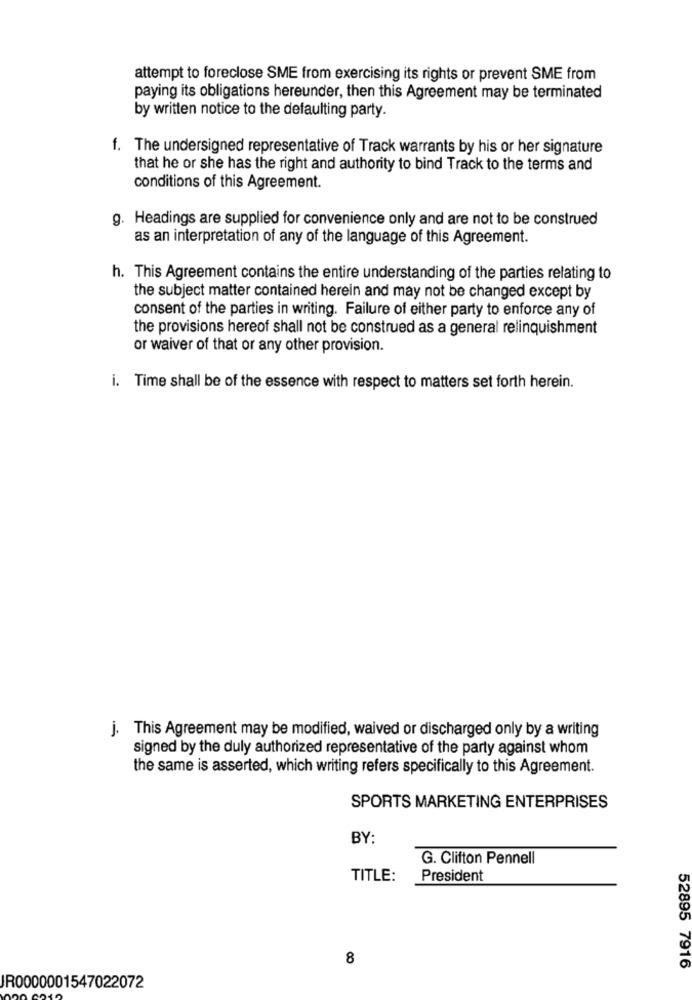
attempt to foreclose SME from exercising its rights or prevent SME from
paying its obligations hereunder, then this Agreement may be terminated
by written notice to the defaulting party.
f. The undersigned representative of Track warrants by his or her signature
that he or she has the right and authority to bind Track to the terms and
conditions of this Agreement.
g. Headings are supplied for convenience only and are not to be construed
as an interpretation of any of the language of this Agreement.
h. This Agreement contains the entire understanding of the parties relating to
the subject matter contained herein and may not be changed except by
consent of the parties in writing. Failure of either party to enforce any of
the provisions hereof shall not be construed as a general relinquishment
or waiver of that or any other provision.
i. Time shall be of the essence with respect to matters set forth herein.
j. This Agreement may be modified, waived or discharged only by a writing
signed by the duly authorized representative of the party against whom
the same is asserted, which writing refers specifically to this Agreement.
SPORTS MARKETING ENTERPRISES
BY:
G. Clifton Pennell
TITLE:
President
8
52895 7916
IR0000001547022072